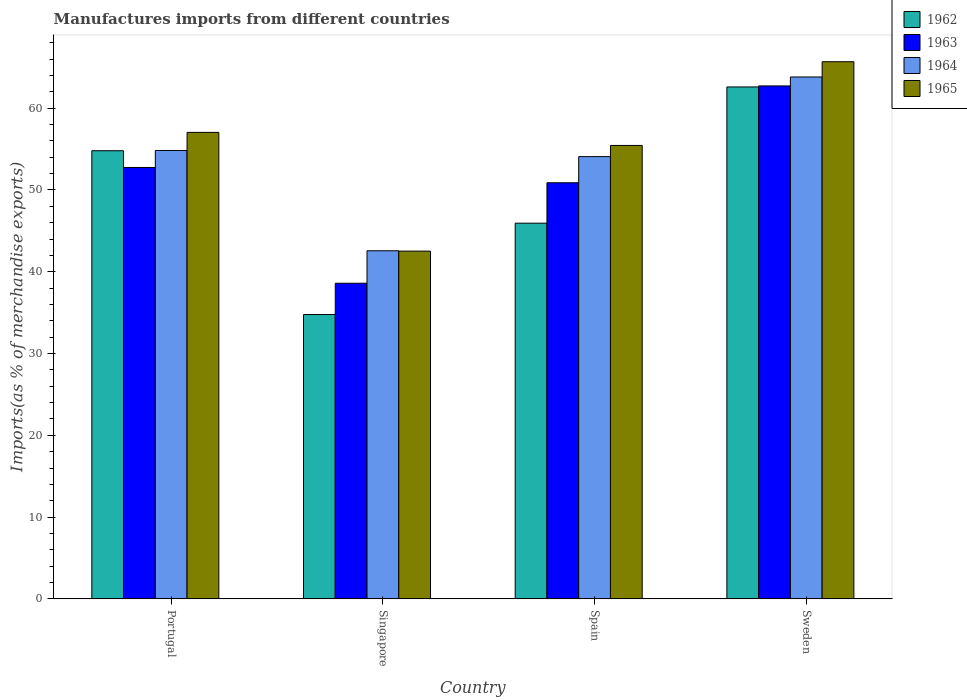
| Country | 1962 | 1963 | 1964 | 1965 |
 | --- | --- | --- | --- | --- |
 | Portugal | 54.8 | 52.8 | 54.8 | 57 |
 | Singapore | 34.8 | 38.6 | 42.6 | 42.5 |
 | Spain | 45.9 | 50.9 | 54.1 | 55.4 |
 | Sweden | 62.6 | 62.7 | 63.8 | 65.7 |